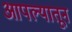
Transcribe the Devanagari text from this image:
आपल्यातून